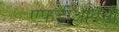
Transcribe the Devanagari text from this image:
एफडीआइसी